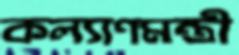
কল্যাণমন্ত্রী